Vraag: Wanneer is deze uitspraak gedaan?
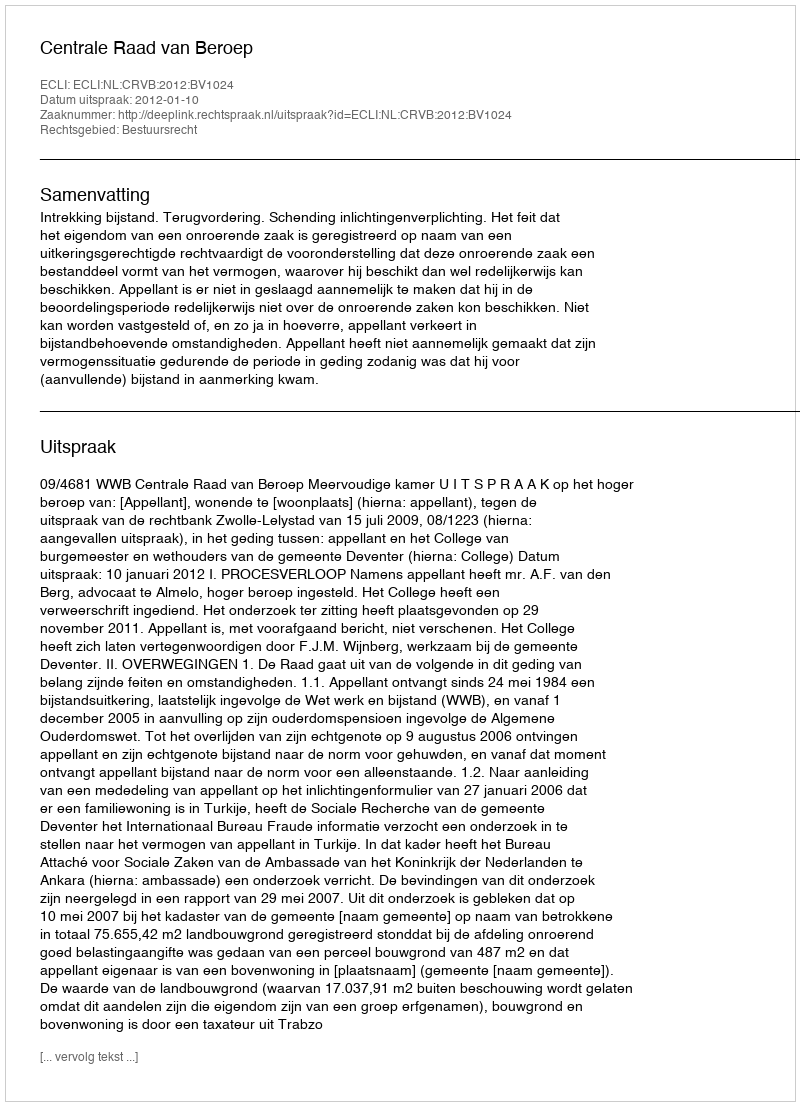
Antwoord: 2012-01-10